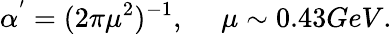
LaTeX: \alpha^{'}=(2\pi\mu^{2})^{-1},~~~~~\mu\sim 0.43GeV.